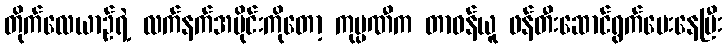
တိုက်လေယာဉ်ရဲ့ လက်နက်အပိုင်းကိုတော့ ကုမ္ပဏီက တာဝန်ယူ ဖန်တီးဆောင်ရွက်ပေးနေပြီး